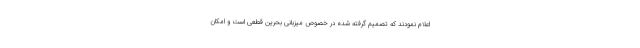
اعلام نمودند که تصمیم گرفته شده در خصوص میزبانی بحرین قطعی است و امکان